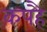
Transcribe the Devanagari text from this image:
कपहै